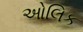
ઓલિક